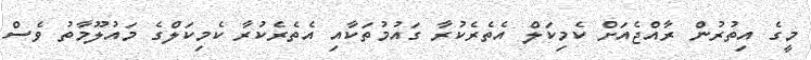
މީގެ އިތުރުން ރާއްޖެއަށް ކެމިކަލް އެތެރެކުރާ ގައުމުތަކާއި އެތެރެކުރާ ކެމިކަލްގެ މައުލޫމާތު ވެސް